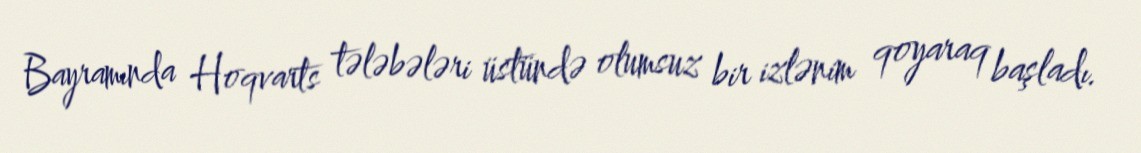
Bayramında Hoqvarts tələbələri üstündə olumsuz bir izlənim qoyaraq başladı.